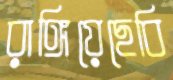
রাঙ্গিয়েছেবি